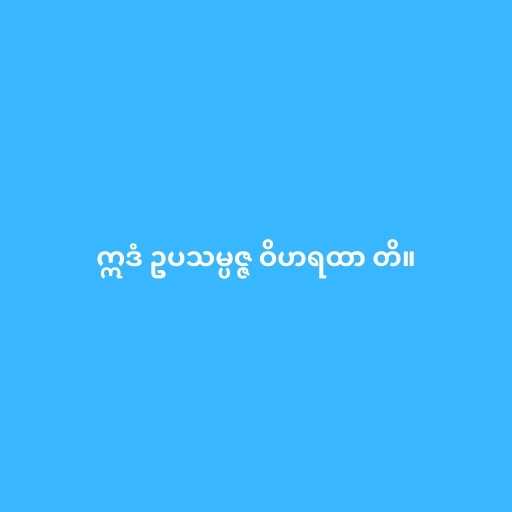
ဣဒံ ဥပသမ္ပဇ္ဇ ဝိဟရထာ တိ။